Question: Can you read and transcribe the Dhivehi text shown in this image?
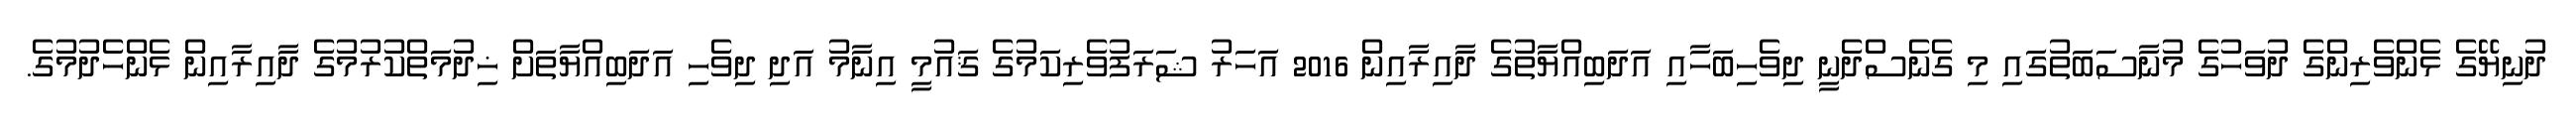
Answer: ދުނިޔޭގެ ޅެންވެރިންގެ ދުވަހުގެ މުނާސަބަތުގައި މި ގެނެސްދެނީ ދިވެހިބަހާއި އަދަބިއްޔާތުގެ ދާއިރާއިން 2016 އަހަރު ޝަރަފުވެރިކަމުގެ ޤައުމީ އިނާމު އަދި ދިވެހި އަދަބިއްޔާތަށް ޚިދުމަތްކުރުމުގެ ދާއިރާއިން ޅެންހެދުމުގެ.